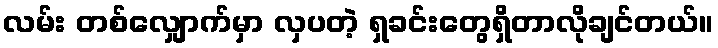
လမ်း တစ်လျှောက်မှာ လှပတဲ့ ရှခင်းတွေရှိတာလိုချင်တယ်။